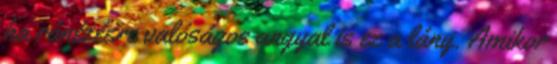
ha ránézésre valóságos angyal is ez a lány. Amikor